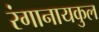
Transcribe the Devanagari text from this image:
रंगानायकुल